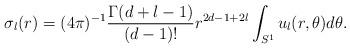
LaTeX: \begin{align*}\sigma_l(r)=(4\pi)^{-1}\frac{\Gamma(d+l-1)}{(d-1)!}r^{2d-1+2l}\int_{S^1}u_l(r,\theta)d\theta.\end{align*}